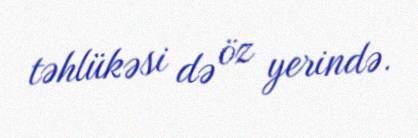
təhlükəsi də öz yerində.